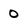
Character: 0